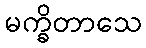
မက္ခိတာသေ